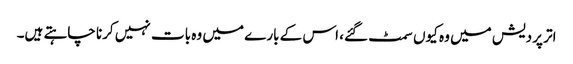
اتر پردیش میں وہ کیوں سمٹ گئے، اس کے بارے میں وہ بات نہیں کرنا چاہتے ہیں۔